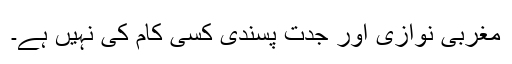
مغربی نوازی اور جدت پسندی کسی کام کی نہیں ہے۔